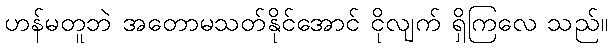
ဟန်မတူဘဲ အတောမသတ်နိုင်အောင် ငိုလျက် ရှိကြလေ သည်။